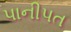
પાનીપત